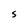
Character: S